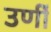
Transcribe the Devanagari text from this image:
उर्णी